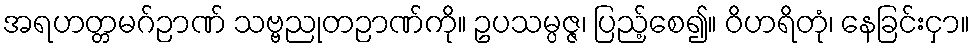
အရဟတ္တမဂ်ဉာဏ် သဗ္ဗညုတဉာဏ်ကို။ ဥပသမ္ပဇ္ဇ၊ ပြည့်စေ၍။ ဝိဟရိတုံ၊ နေခြင်းငှာ။